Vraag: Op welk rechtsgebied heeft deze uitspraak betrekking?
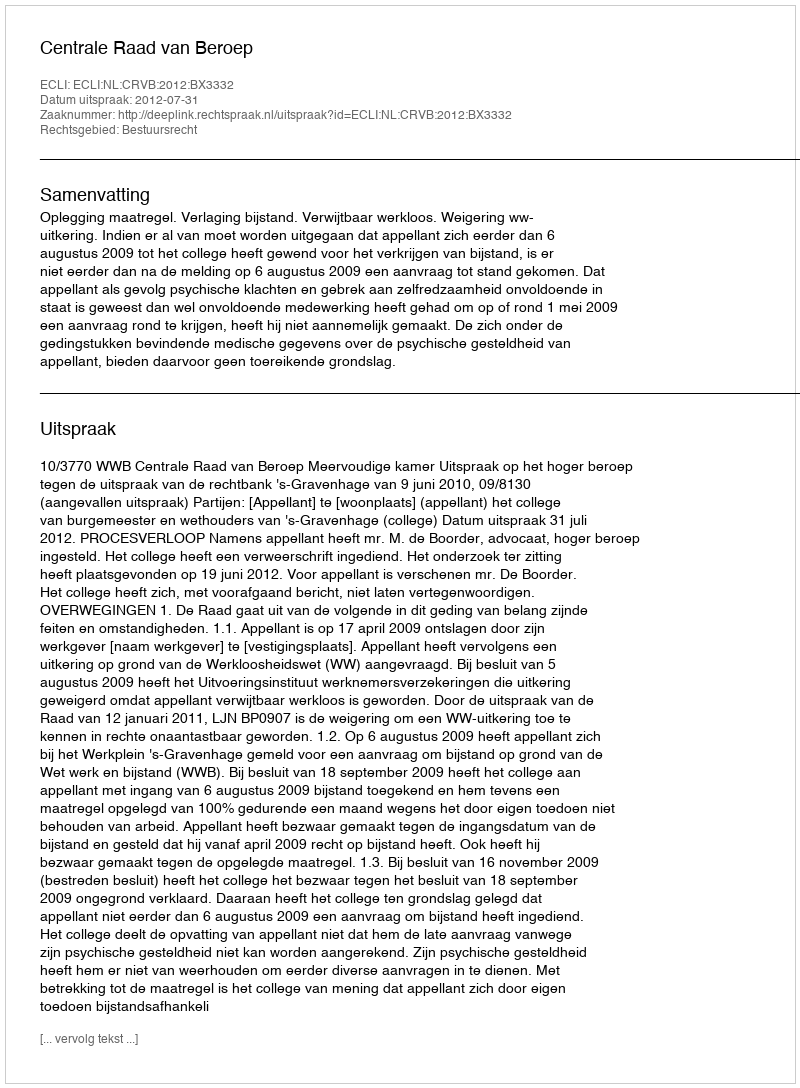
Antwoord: Bestuursrecht